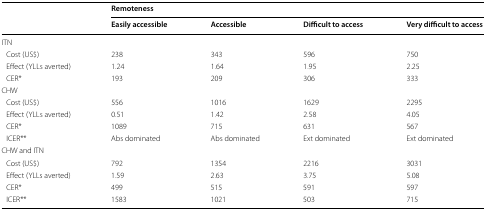
<table><thead><tr><td rowspan="2"></td><td colspan="4"><b>Remoteness</b></td></tr><tr><td><b>Easily accessible</b></td><td><b>Accessible</b></td><td><b>Difficult to access</b></td><td><b>Very difficult to access</b></td></tr></thead><tbody><tr><td colspan="5">ITN</td></tr><tr><td> Cost (US$)</td><td>238</td><td>343</td><td>596</td><td>750</td></tr><tr><td> Effect (YLLs averted)</td><td>1.24</td><td>1.64</td><td>1.95</td><td>2.25</td></tr><tr><td> CER*</td><td>193</td><td>209</td><td>306</td><td>333</td></tr><tr><td colspan="5">CHW</td></tr><tr><td> Cost (US$)</td><td>556</td><td>1016</td><td>1629</td><td>2295</td></tr><tr><td> Effect (YLLs averted)</td><td>0.51</td><td>1.42</td><td>2.58</td><td>4.05</td></tr><tr><td> CER*</td><td>1089</td><td>715</td><td>631</td><td>567</td></tr><tr><td> ICER**</td><td>Abs dominated</td><td>Abs dominated</td><td>Ext dominated</td><td>Ext dominated</td></tr><tr><td colspan="5">CHW and ITN</td></tr><tr><td> Cost (US$)</td><td>792</td><td>1354</td><td>2216</td><td>3031</td></tr><tr><td> Effect (YLLs averted)</td><td>1.59</td><td>2.63</td><td>3.75</td><td>5.08</td></tr><tr><td> CER*</td><td>499</td><td>515</td><td>591</td><td>597</td></tr><tr><td> ICER**</td><td>1583</td><td>1021</td><td>503</td><td>715</td></tr></tbody></table>